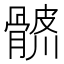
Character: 𩩨